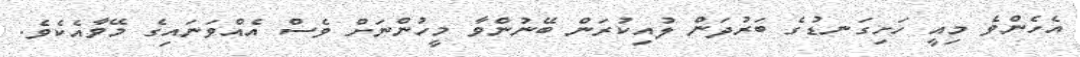
އެހެންވެ މިއީ ހަށިގަނޑުގެ ބަރުދަން ލުއިކުރަން ބޭނުންވާ މީހުންނަށް ވެސް އެއްވަނައިގެ މޭވާއެކެވެ.